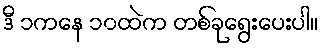
ဒီ ၁ကနေ ၁၀ထဲက တစ်ခုရွေးပေးပါ။